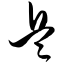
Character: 兵